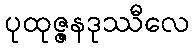
ပုထုဇ္ဇနဒုဿီလေ